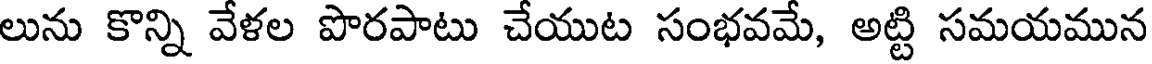
లును కొన్ని వేళల పొరపాటు చేయుట సంభవమే, అట్టి సమయమున